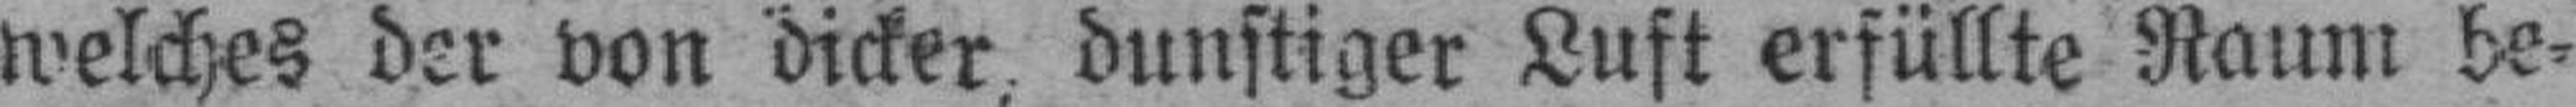
welches der von dicker, dunstiger Luft erfüllte Raum be¬